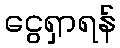
ငွေရှာရန်